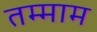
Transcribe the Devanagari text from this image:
तम्माम